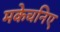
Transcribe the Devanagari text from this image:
मकेचनिए